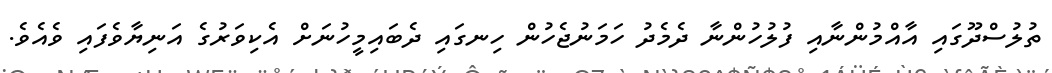
ތުލުސްދޫގައި އާއްމުންނާއި ފުލުހުންނާ ދެމެދު ހަމަނުޖެހުން ހިނގައި ދެބައިމީހުނަށް އެކިވަރުގެ އަނިޔާވެފައި ވެއެވެ.